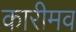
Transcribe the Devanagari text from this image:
कारीमव